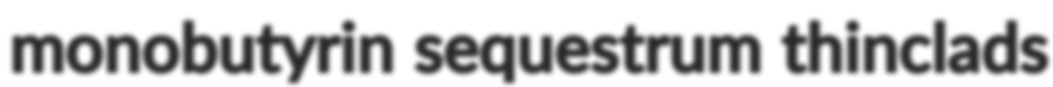
monobutyrin sequestrum thinclads